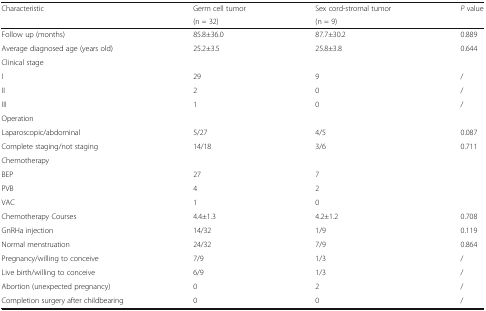
| <ROWSPAN=2> Characteristic | Germ cell tumor | Sex cord-stromal tumor | <ROWSPAN=2> P value |
 | (n = 32) | (n = 9) |
 | --- | --- | --- | --- |
 | Follow up (months) | 85.8±36.0 | 87.7±30.2 | 0.889 |
 | Average diagnosed age (years old) | 25.2±3.5 | 25.8±3.8 | 0.644 |
 | Clinical stage |  |  |  |
 | I | 29 | 9 | / |
 | II | 2 | 0 | / |
 | III | 1 | 0 | / |
 | Operation |  |  |  |
 | Laparoscopic/abdominal | 5/27 | 4/5 | 0.087 |
 | Complete staging/not staging | 14/18 | 3/6 | 0.711 |
 | Chemotherapy |  |  |  |
 | BEP | 27 | 7 |  |
 | PVB | 4 | 2 |  |
 | VAC | 1 | 0 |  |
 | Chemotherapy Courses | 4.4±1.3 | 4.2±1.2 | 0.708 |
 | GnRHa injection | 14/32 | 1/9 | 0.119 |
 | Normal menstruation | 24/32 | 7/9 | 0.864 |
 | Pregnancy/willing to conceive | 7/9 | 1/3 | / |
 | Live birth/willing to conceive | 6/9 | 1/3 | / |
 | Abortion (unexpected pregnancy) | 0 | 2 | / |
 | Completion surgery after childbearing | 0 | 0 | / |